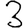
Digit: 3